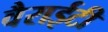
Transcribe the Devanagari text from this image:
वैराईटी